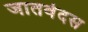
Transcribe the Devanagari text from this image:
जातवेदस